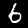
Label: 6